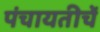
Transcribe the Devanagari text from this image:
पंचायतीचें